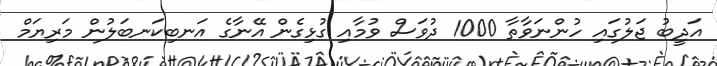
އަދީބު ޖަލުގައި ހުންނަވާތާ 1000 ދުވަސް ވުމާއި ގުޅިގެން އޭނާގެ އަނބިކަނބަލުން މަރިޔަމް